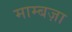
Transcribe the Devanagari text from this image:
माम्बज़ा